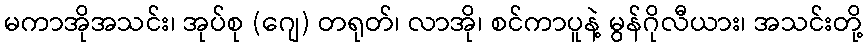
မကာအိုအသင်း၊ အုပ်စု (ဂျေ) တရုတ်၊ လာအို၊ စင်ကာပူနဲ့ မွန်ဂိုလီယား၊ အသင်းတို့